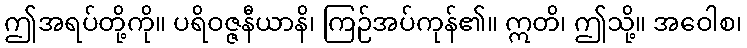
ဤအရပ်တို့ကို။ ပရိဝဇ္ဇနီယာနိ၊ ကြဉ်အပ်ကုန်၏။ ဣတိ၊ ဤသို့။ အဝေါစ၊